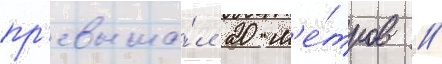
пр'евыша́л 20 м'е́тров //